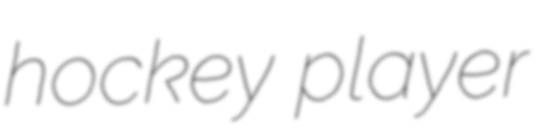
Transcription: hockey player